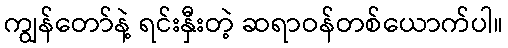
ကျွန်တော်နဲ့ ရင်းနှီးတဲ့ ဆရာဝန်တစ်ယောက်ပါ။